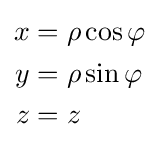
{\begin{aligned}x&=\rho \cos \varphi \\y&=\rho \sin \varphi \\z&=z\end{aligned}}